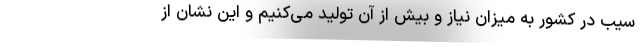
سیب در کشور به میزان نیاز و بیش از آن تولید می‌کنیم و این نشان از